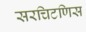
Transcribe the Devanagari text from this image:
सरचिटणिस